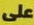
على